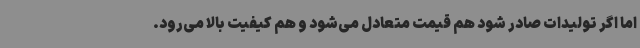
اما اگر تولیدات صادر شود هم قیمت متعادل می‌شود و هم کیفیت بالا می‌رود.